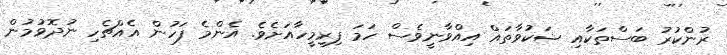
ރުންކުރު ބަސްތަކާއި ޝަކުވާތައް އިއްވާނީވެސް ހަމަ ފިރިމީހާއަށެވެ. އެންމެ ފަހުން އެއްޗެހި ނުދޮވުމުން